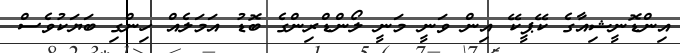
އިންޑޮނީޝިއާގެ ކޭޕީކޭ އިން ވަނީ މަނީ ލޯންޑްރިންގެ ބޮޑު އަމަލެއް ހިންގި ބަޔަކުވެސް